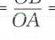
\(\frac{}{OA}=\)